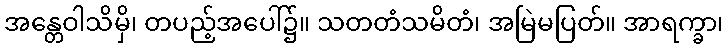
အန္တေဝါသိမှိ၊ တပည့်အပေါ်၌။ သတတံသမိတံ၊ အမြဲမပြတ်။ အာရက္ခာ၊